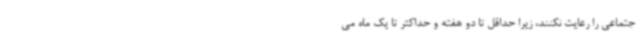
جتماعی را رعایت نکنند، زیرا حداقل تا دو هفته و حداکثر تا یک ماه می